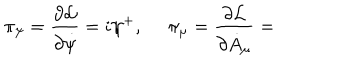
LaTeX: \pi _ { \psi } = \frac { \partial \mathcal { L } } { \partial \dot { \psi } } = i \psi ^ { + } , \, \, \pi _ { \mu } = \frac { \partial \mathcal { L } } { \partial \dot { A } _ { \mu } } =